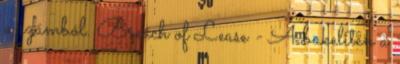
a számból. Breach of Lease - A bakeliten a